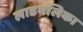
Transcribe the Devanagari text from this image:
लाडमलिका